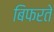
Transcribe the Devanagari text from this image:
बिफरते